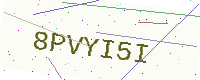
Text: 8PVYI5I